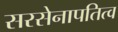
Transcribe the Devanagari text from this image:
सरसेनापतित्व